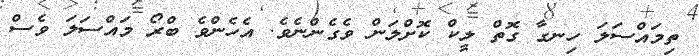
ތިމައްސަލަ ހިނގާ ގޮތް ލީކް ކޮށްލަން ވެގެންނެވެ. އެހެންވެ ބްރޯ މައްސަލަ ވެސް